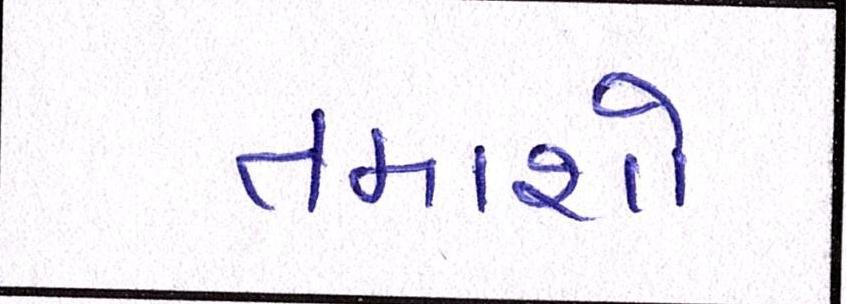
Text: તમાશો